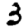
Digit: 3